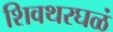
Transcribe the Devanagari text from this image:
शिवथरघळं